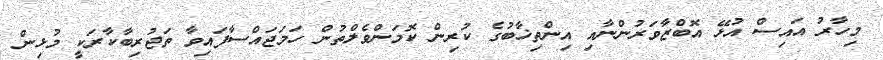
މިހާރު އައިސް އުޅޭ އޮބްޒާވަރުންނާއި އިންތިޚާބުގެ ކުރިން ކޮމަންވެލްތުން ހަމަޖައްސާފައިވާ ތަޖުރިބާކާރަކީ މުޅިން